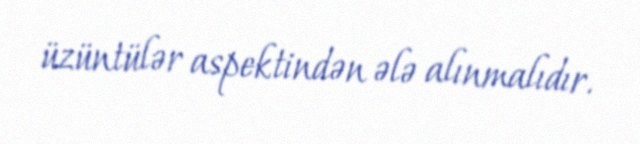
üzüntülər aspektindən ələ alınmalıdır.